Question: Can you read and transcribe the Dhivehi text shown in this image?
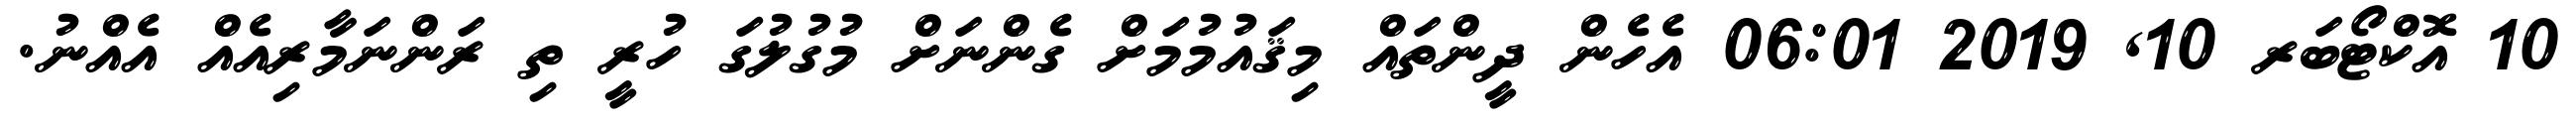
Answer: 10 އޮކްޓޯބަރ 10, 2019 06:01 އެހެން ދީންތައް މިޤައުމުމަށް ގެންނަށް މުގުލުގަ ހުރީ ތި ރަންނަމާރިއެއް އެއްނު.